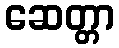
ဆေတ္တာ